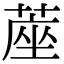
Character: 蓙